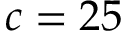
c = 2 5